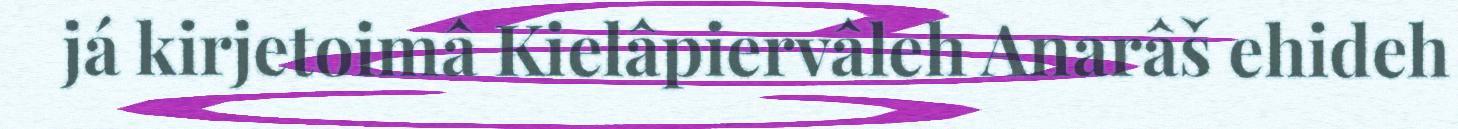
já kirjetoimâ Kielâpiervâleh Anarâš ehideh